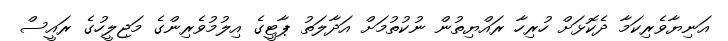
އަނިޔާވެރިކަމާ ދެކޮޅަށް ހުރިހާ ރައްޔިތުން ނުކުތުމަށް އަދާލަތު ޕާޓީގެ އިލުމުވެރިންގެ މަޖިލީހުގެ ރައީސް